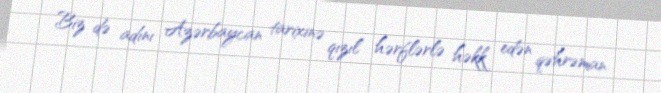
Biz də adını Azərbaycan tarixinə qızıl hərflərlə həkk edən qəhrəman